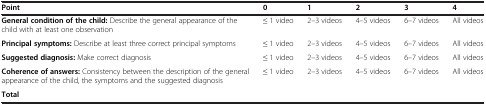
<table><thead><tr><td><b>Point</b></td><td><b>0</b></td><td><b>1</b></td><td><b>2</b></td><td><b>3</b></td><td><b>4</b></td></tr></thead><tbody><tr><td><b>General condition of the child:</b> Describe the general appearance of the child with at least one observation</td><td>≤ 1 video</td><td>2–3 videos</td><td>4–5 videos</td><td>6–7 videos</td><td>All videos</td></tr><tr><td><b>Principal symptoms:</b> Describe at least three correct principal symptoms</td><td>≤ 1 video</td><td>2–3 videos</td><td>4–5 videos</td><td>6–7 videos</td><td>All videos</td></tr><tr><td><b>Suggested diagnosis:</b> Make correct diagnosis</td><td>≤ 1 video</td><td>2–3 videos</td><td>4–5 videos</td><td>6–7 videos</td><td>All videos</td></tr><tr><td><b>Coherence of answers:</b> Consistency between the description of the general appearance of the child, the symptoms and the suggested diagnosis</td><td>≤ 1 video</td><td>2–3 videos</td><td>4–5 videos</td><td>6–7 videos</td><td>All videos</td></tr><tr><td><b>Total</b></td><td></td><td></td><td></td><td></td><td></td></tr></tbody></table>